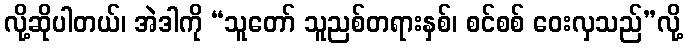
လို့ဆိုပါတယ်၊ အဲဒါကို “သူတော် သူညစ်တရားနှစ်၊ စင်စစ် ဝေးလှသည်”လို့